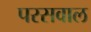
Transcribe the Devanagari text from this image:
परसवाल